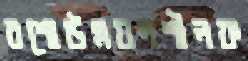
রশোউন্নয়নশীলফ